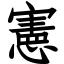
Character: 憲